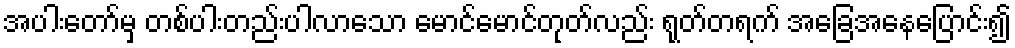
အပါးတော်မှ တစ်ပါးတည်းပါလာသော မောင်မောင်တုတ်လည်း ရုတ်တရက် အခြေအနေပြောင်း၍